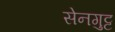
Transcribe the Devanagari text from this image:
सेनगुट्ट